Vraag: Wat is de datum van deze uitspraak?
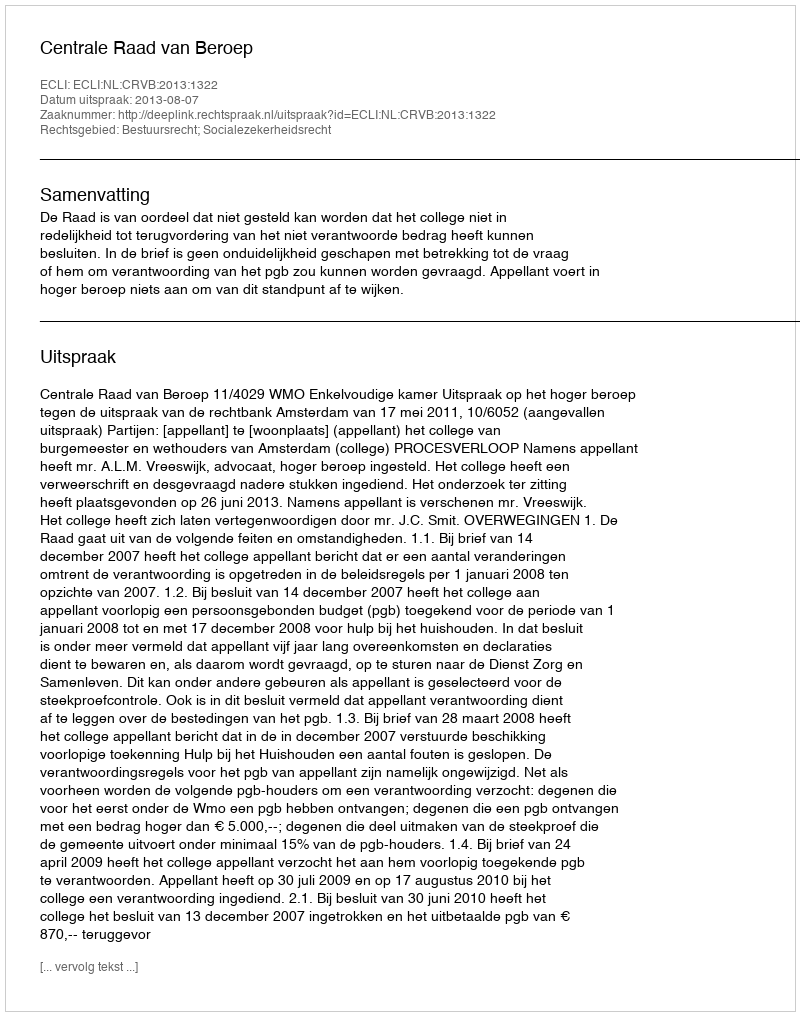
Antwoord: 2013-08-07